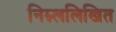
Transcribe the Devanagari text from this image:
निम्न्ललिखित